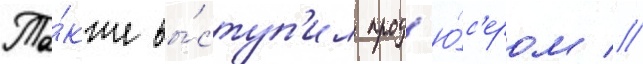
Та́кже вы́ступ'ил прод'ю́с'ером //